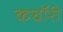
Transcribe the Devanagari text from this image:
कचॉरी